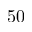
5 0